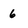
Character: 6